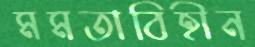
মমতাবিহীন